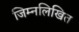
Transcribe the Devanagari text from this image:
जिम्नलिखित